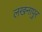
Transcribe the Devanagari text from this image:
लखनापुर